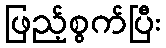
ဖြည့်စွက်ပြီး